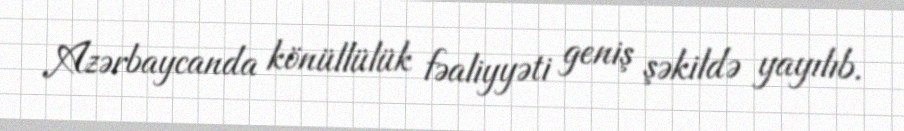
Azərbaycanda könüllülük fəaliyyəti geniş şəkildə yayılıb.